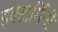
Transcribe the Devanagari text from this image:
इक्स्टर्मिनी